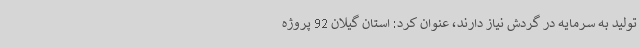
تولید به سرمایه در گردش نیاز دارند، عنوان کرد: استان گیلان 92 پروژه